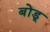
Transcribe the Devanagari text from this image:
बोंडू